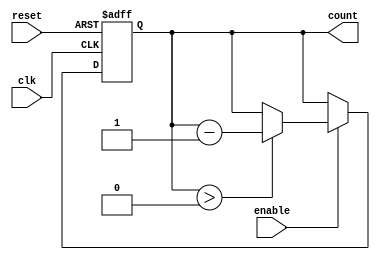
module down_counter #(
    parameter N = 15 // Maximum value of the counter (can be changed as needed)
)(
    input wire clk,       // Clock input
    input wire enable,    // Enable signal
    input wire reset,     // Asynchronous reset signal
    output reg [N:0] count // Current value of the counter
);

    // Initial value of the counter
    initial begin
        count = N; // Set the counter to maximum value at the start
    end

    // Asynchronous reset and counting logic
    always @(posedge clk or posedge reset) begin
        if (reset) begin
            count <= N; // Reset the counter to maximum value
        end else if (enable) begin
            if (count > 0) begin
                count <= count - 1; // Decrement the counter
            end
            // If count is already 0, it will hold at 0
        end
        // If enable is low, the counter holds its value
    end

endmodule